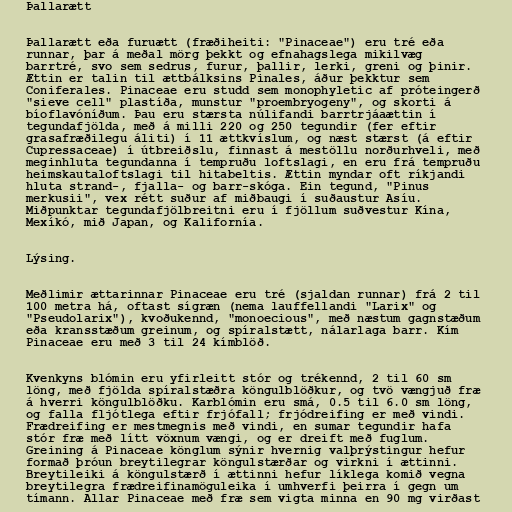
Þallarætt

Þallarætt eða furuætt (fræðiheiti: "Pinaceae") eru tré eða
runnar, þar á meðal mörg þekkt og efnahagslega mikilvæg
barrtré, svo sem sedrus, furur, þallir, lerki, greni og þinir.
Ættin er talin til ættbálksins Pinales, áður þekktur sem
Coniferales. Pinaceae eru studd sem monophyletic af próteingerð
"sieve cell" plastíða, munstur "proembryogeny", og skorti á
bíoflavóníðum. Þau eru stærsta núlifandi barrtrjáaættin í
tegundafjölda, með á milli 220 og 250 tegundir (fer eftir
grasafræðilegu áliti) í 11 ættkvíslum, og næst stærst (á eftir
Cupressaceae) í útbreiðslu, finnast á mestöllu norðurhveli, með
meginhluta tegundanna í tempruðu loftslagi, en eru frá tempruðu
heimskautaloftslagi til hitabeltis. Ættin myndar oft ríkjandi
hluta strand-, fjalla- og barr-skóga. Ein tegund, "Pinus
merkusii", vex rétt suður af miðbaugi í suðaustur Asíu.
Miðpunktar tegundafjölbreitni eru í fjöllum suðvestur Kína,
Mexíkó, mið Japan, og Kalifornía.

Lýsing.

Meðlimir ættarinnar Pinaceae eru tré (sjaldan runnar) frá 2 til
100 metra há, oftast sígræn (nema lauffellandi "Larix" og
"Pseudolarix"), kvoðukennd, "monoecious", með næstum gagnstæðum
eða kransstæðum greinum, og spíralstætt, nálarlaga barr. Kím
Pinaceae eru með 3 til 24 kímblöð.

Kvenkyns blómin eru yfirleitt stór og trékennd, 2 til 60 sm
löng, með fjölda spíralstæðra köngulblöðkur, og tvö vængjuð fræ
á hverri köngulblöðku. Karblómin eru smá, 0.5 til 6.0 sm löng,
og falla fljótlega eftir frjófall; frjódreifing er með vindi.
Frædreifing er mestmegnis með vindi, en sumar tegundir hafa
stór fræ með lítt vöxnum vængi, og er dreift með fuglum.
Greining á Pinaceae könglum sýnir hvernig valþrýstingur hefur
formað þróun breytilegrar köngulstærðar og virkni í ættinni.
Breytileiki á köngulstærð í ættinni hefur líklega komið vegna
breytilegra frædreifinamöguleika í umhverfi þeirra í gegn um
tímann. Allar Pinaceae með fræ sem vigta minna en 90 mg virðast